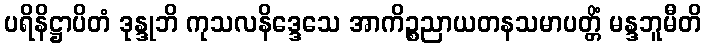
ပရိနိဋ္ဌာပိတံ ဒုန္ဒုဘိ ကုသလနိဒ္ဒေသေ အာကိဉ္စညာယတနသမာပတ္တိံ မန္ဒဘူမီတိ